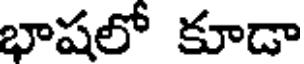
భాషలో కూడా